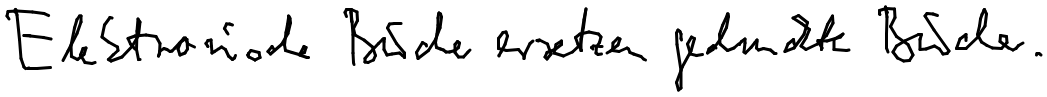
Elektronische Bücher ersetzen gedruckte Bücher.